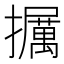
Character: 𪯁